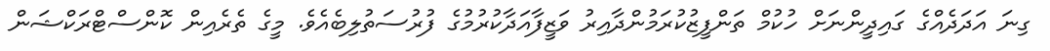
ގިނަ އަދަދެއްގެ ގައިދީންނަށް ހުކުމް ތަންފީޒުކުރަމުންދާއިރު ވަޒީފާއަދާކުރުމުގެ ފުރުސަތުލިބެއެވެ. މީގެ ތެރެއިން ކޮންސްޓްރަކްޝަން